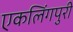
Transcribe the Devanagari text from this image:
एकलिंगपुरी